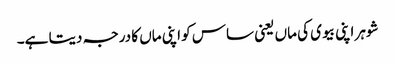
شوہر اپنی بیوی کی ماں یعنی ساس کو اپنی ماں کا درجہ دیتا ہے۔